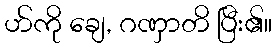
ဟ်ကို ချေ, ဂဏှာတိ ပြီး၏။